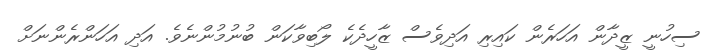
ސިހުނީ ޒީދާން އަހަރެން ކައިރި އަދިވެސް ޒާހީދެކެ ލޯބިވާކަން ބުނުމުންނެވެ. އަދި އަހަންރެންނަށް